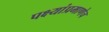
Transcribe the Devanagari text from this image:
पक्ष्यांप्रमाणेच